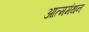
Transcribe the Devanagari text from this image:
आत्ममंथन